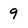
Character: 9